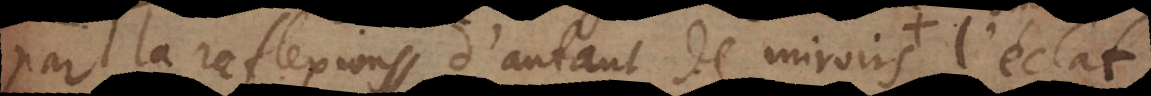
par la reflexion d’autant de miroirs l’éclat